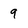
Character: 9